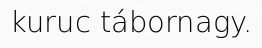
kuruc tábornagy.